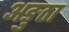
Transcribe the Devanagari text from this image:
अङुठा